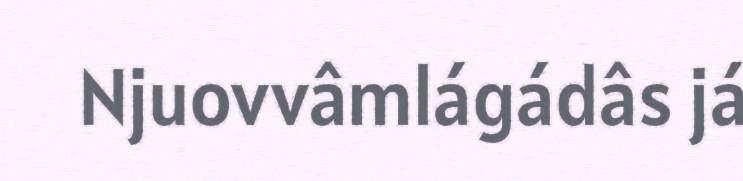
Njuovvâmlágádâs já